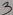
Text: 3